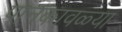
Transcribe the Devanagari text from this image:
पानकावळ्या